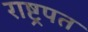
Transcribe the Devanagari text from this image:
राष्ट्रपत